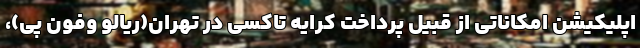
اپلیکیشن امکاناتی از قبیل پرداخت کرایه تاکسی در تهران(ریالو وفون پی)،